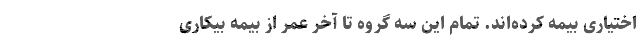
اختیاری بیمه کرده‌اند. تمام این سه گروه تا آخر عمر از بیمه بیکاری